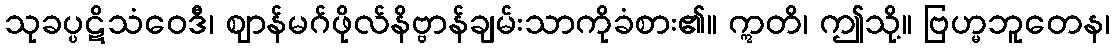
သုခပ္ပဋိသံဝေဒီ၊ ဈာန်မဂ်ဖိုလ်နိဗ္ဗာန်ချမ်းသာကိုခံစား၏။ ဣတိ၊ ဤသို့။ ဗြဟ္မဘူတေန၊